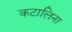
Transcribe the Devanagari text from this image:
कटालिना